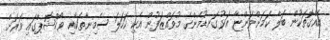
އެއްގޮތަކުން ބަލާ ކަމަށްވަންޏާ އަޅުގަނޑުމެންގެ މުވައްޒަފުން އެކި ކަހަލަ ސެމިނާތަކާއި ވޯކްޝޮޕްގައި ވަރަށް